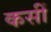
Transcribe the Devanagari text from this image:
कसीं